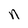
Character: n